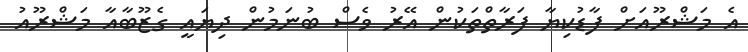
އެ މަޝްރޫއަށް ފާޑުކިޔާ ފަރާތްތަކުން އޭރު ވެސް ބުނަމުން ދިޔައީ ގެޒޫބާއާ މަޝްރޫއު